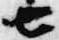
七